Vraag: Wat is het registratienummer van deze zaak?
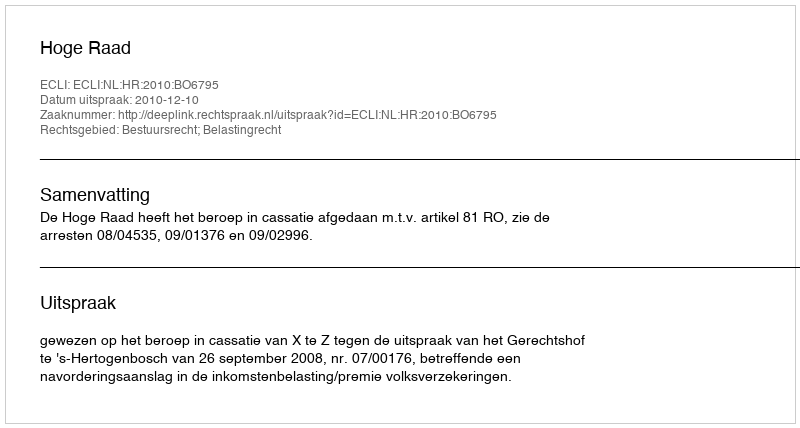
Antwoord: http://deeplink.rechtspraak.nl/uitspraak?id=ECLI:NL:HR:2010:BO6795